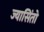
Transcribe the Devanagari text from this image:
ज्यासिंतो